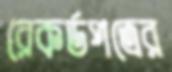
রেকর্ডপত্রের